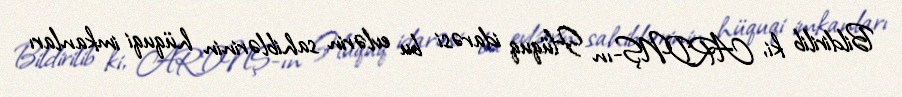
Bildirilib ki, ARDNŞ-ın Hüquq idarəsi bu evlərin sahiblərinin hüquqi imkanları